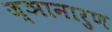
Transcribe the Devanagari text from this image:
ज्ञानारुण